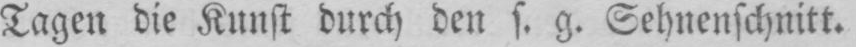
Tagen die Kunst durch den s. g. Sehnenschnitt.